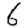
Digit: 6